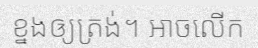
ខ្នងឲ្យត្រង់។ អាចលើក